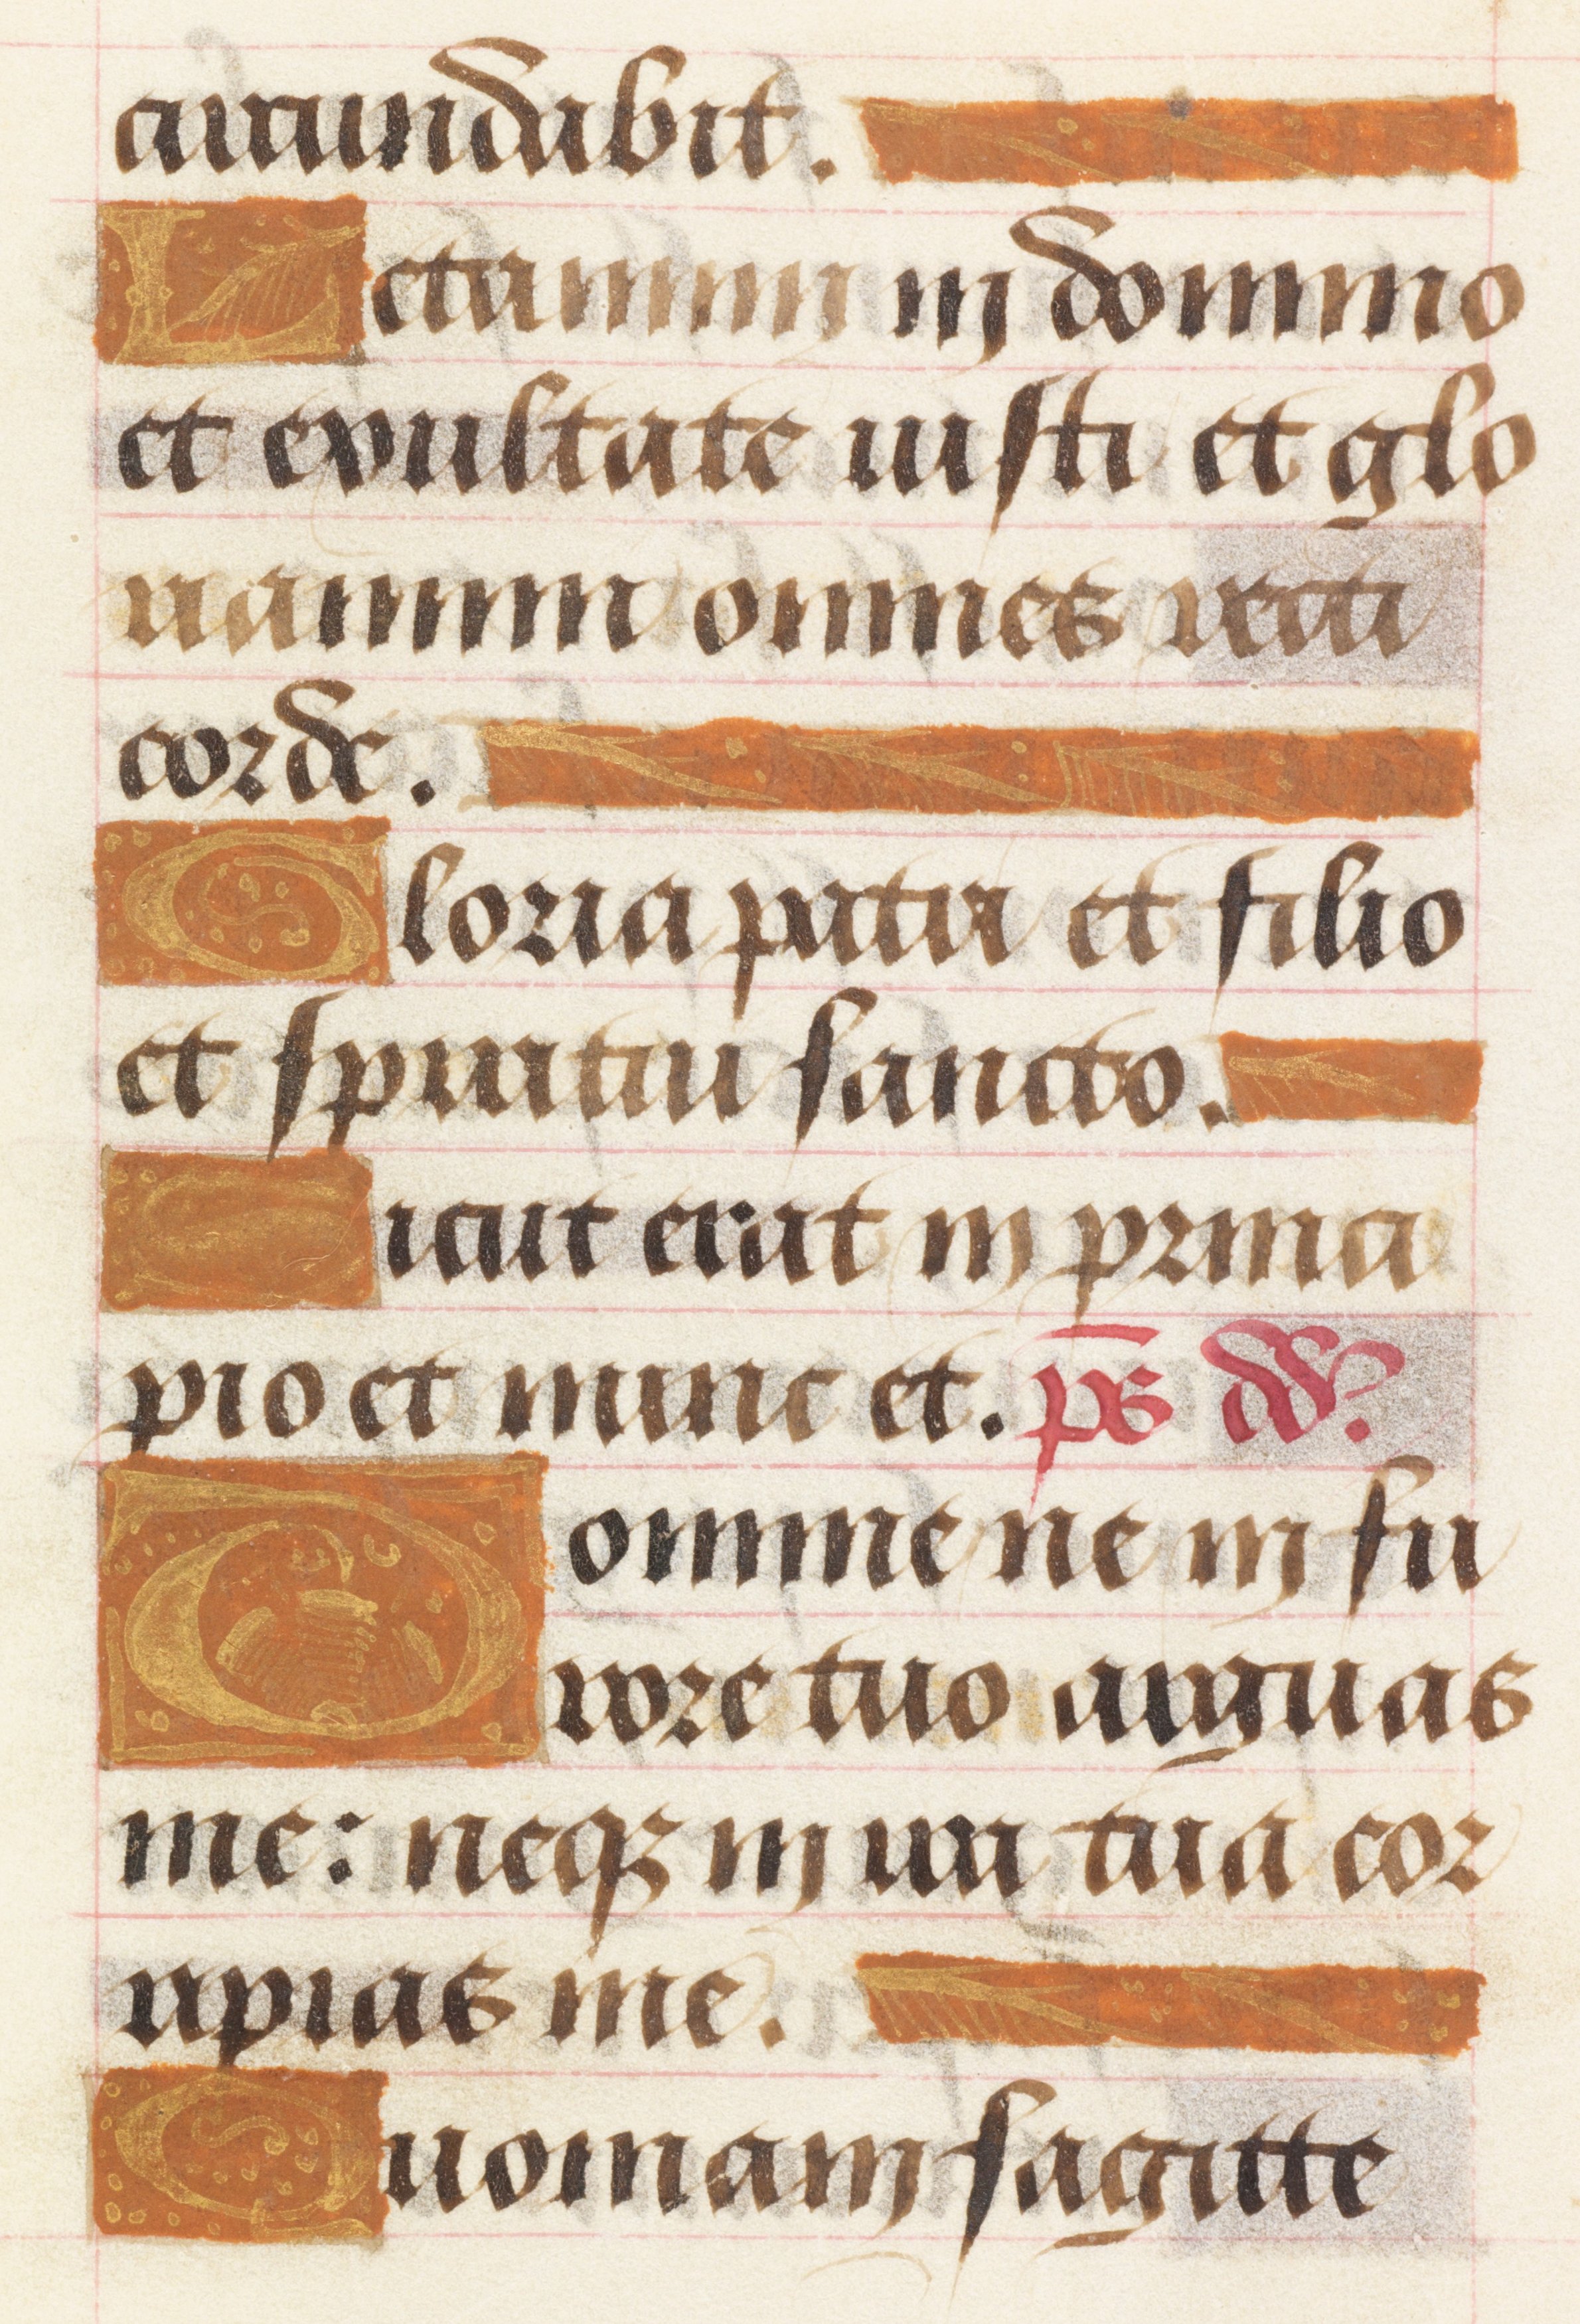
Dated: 1450–1499